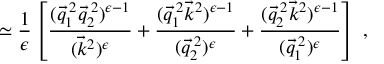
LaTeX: \simeq \frac { 1 } { \epsilon } \left[ \frac { ( \vec { q } _ { 1 } ^ { \: 2 } \vec { q } _ { 2 } ^ { \: 2 } ) ^ { \epsilon - 1 } } { ( \vec { k } ^ { 2 } ) ^ { \epsilon } } + \frac { ( \vec { q } _ { 1 } ^ { \: 2 } \vec { k } ^ { 2 } ) ^ { \epsilon - 1 } } { ( \vec { q } _ { 2 } ^ { \: 2 } ) ^ { \epsilon } } + \frac { ( \vec { q } _ { 2 } ^ { \: 2 } \vec { k } ^ { 2 } ) ^ { \epsilon - 1 } } { ( \vec { q } _ { 1 } ^ { \: 2 } ) ^ { \epsilon } } \right] \; ,